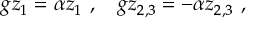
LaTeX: g z _ { 1 } = \alpha z _ { 1 } ~ , ~ ~ ~ g z _ { 2 , 3 } = - \alpha z _ { 2 , 3 } ~ ,